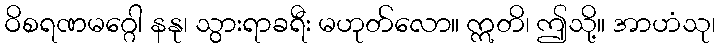
ဝိစရဏမဂ္ဂေါ နနု၊ သွားရာခရီး မဟုတ်လော။ ဣတိ၊ ဤသို့။ အာဟံသု၊